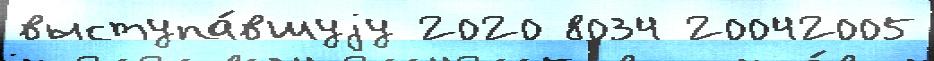
выступа́вшуjу 2020 8034 20042005